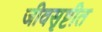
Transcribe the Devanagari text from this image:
जीवसृष्टीत